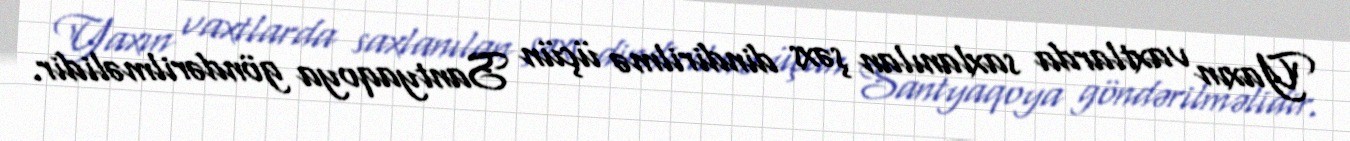
Yaxın vaxtlarda saxlanılan şəxs dindirilmə üçün Santyaqoya göndərilməlidir.